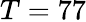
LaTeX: T=77